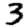
Digit: 3